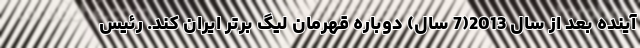
آینده بعد از سال 2013(7 سال) دوباره قهرمان لیگ برتر ایران کند. رئیس